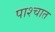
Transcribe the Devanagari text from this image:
पाश्‍चात